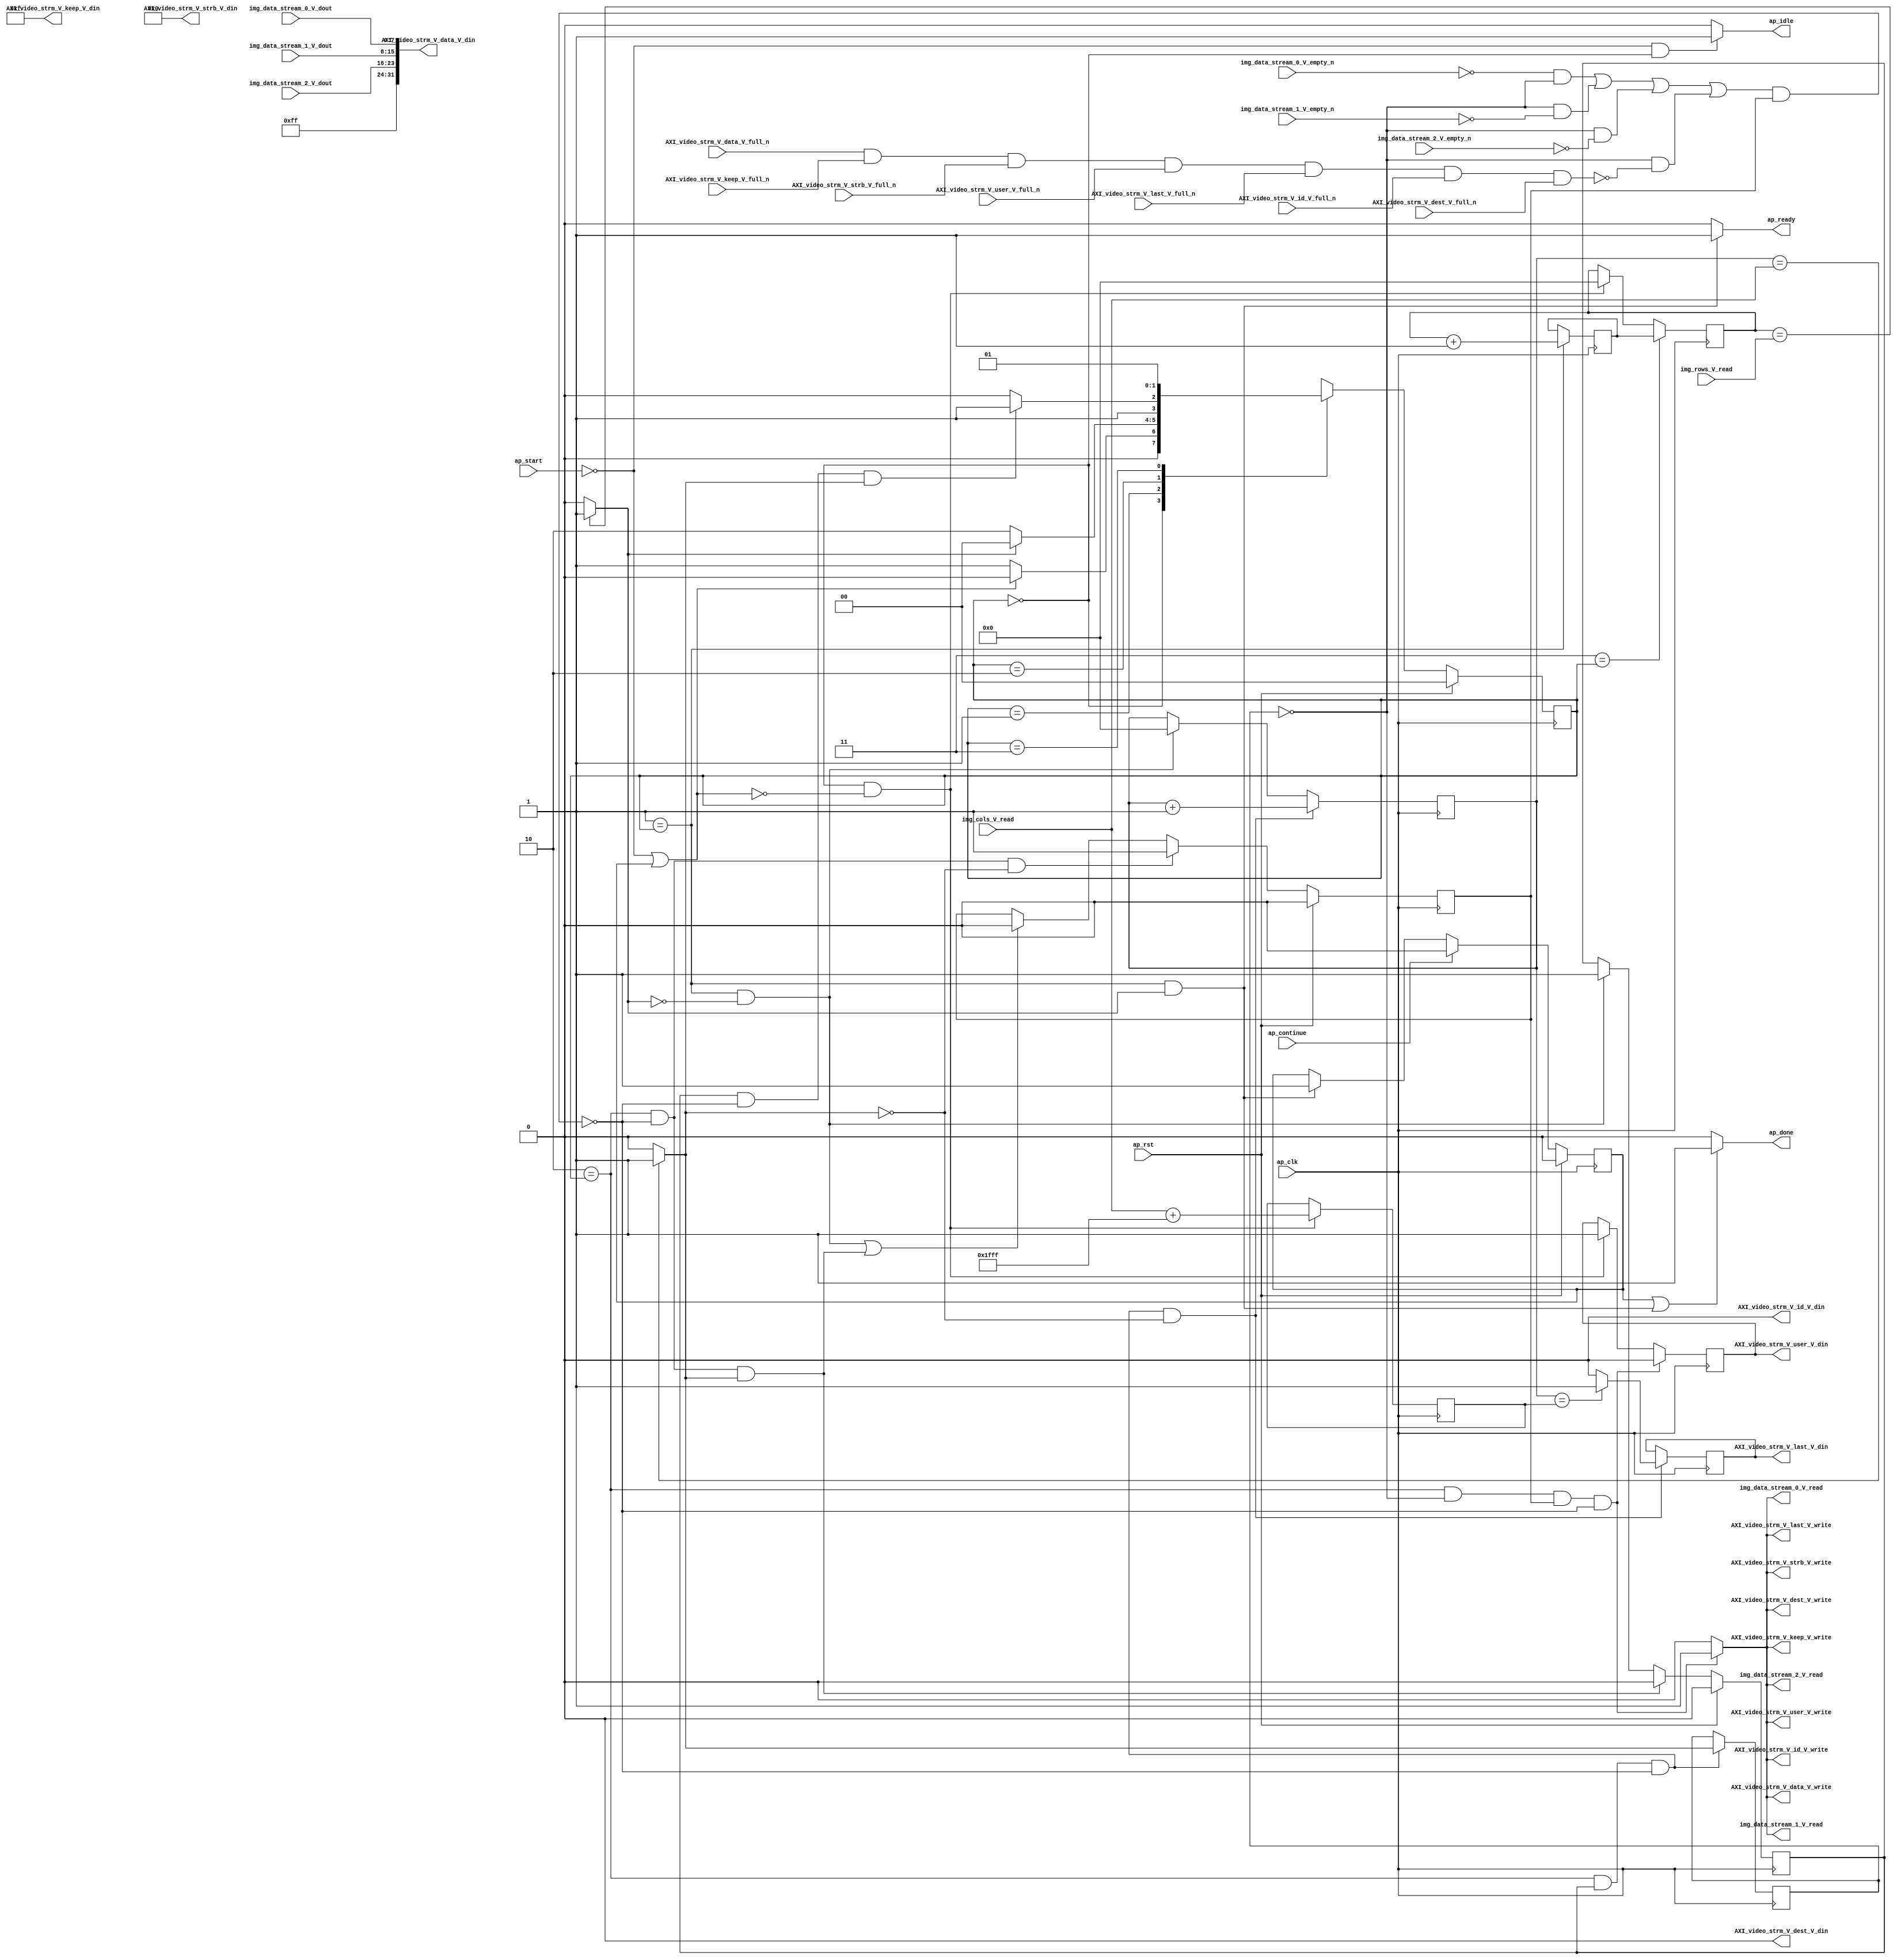
// ==============================================================
// RTL generated by Vivado(TM) HLS - High-Level Synthesis from C, C++ and SystemC
// Version: 2013.2
// Copyright (C) 2013 Xilinx Inc. All rights reserved.
// 
// ===========================================================

`timescale 1 ns / 1 ps 

module Mat2AXIvideo_32_1080_1920_16_s (
        ap_clk,
        ap_rst,
        ap_start,
        ap_done,
        ap_continue,
        ap_idle,
        ap_ready,
        img_rows_V_read,
        img_cols_V_read,
        img_data_stream_0_V_dout,
        img_data_stream_0_V_empty_n,
        img_data_stream_0_V_read,
        img_data_stream_1_V_dout,
        img_data_stream_1_V_empty_n,
        img_data_stream_1_V_read,
        img_data_stream_2_V_dout,
        img_data_stream_2_V_empty_n,
        img_data_stream_2_V_read,
        AXI_video_strm_V_data_V_din,
        AXI_video_strm_V_data_V_full_n,
        AXI_video_strm_V_data_V_write,
        AXI_video_strm_V_keep_V_din,
        AXI_video_strm_V_keep_V_full_n,
        AXI_video_strm_V_keep_V_write,
        AXI_video_strm_V_strb_V_din,
        AXI_video_strm_V_strb_V_full_n,
        AXI_video_strm_V_strb_V_write,
        AXI_video_strm_V_user_V_din,
        AXI_video_strm_V_user_V_full_n,
        AXI_video_strm_V_user_V_write,
        AXI_video_strm_V_last_V_din,
        AXI_video_strm_V_last_V_full_n,
        AXI_video_strm_V_last_V_write,
        AXI_video_strm_V_id_V_din,
        AXI_video_strm_V_id_V_full_n,
        AXI_video_strm_V_id_V_write,
        AXI_video_strm_V_dest_V_din,
        AXI_video_strm_V_dest_V_full_n,
        AXI_video_strm_V_dest_V_write
);

input   ap_clk;
input   ap_rst;
input   ap_start;
output   ap_done;
input   ap_continue;
output   ap_idle;
output   ap_ready;
input  [11:0] img_rows_V_read;
input  [11:0] img_cols_V_read;
input  [7:0] img_data_stream_0_V_dout;
input   img_data_stream_0_V_empty_n;
output   img_data_stream_0_V_read;
input  [7:0] img_data_stream_1_V_dout;
input   img_data_stream_1_V_empty_n;
output   img_data_stream_1_V_read;
input  [7:0] img_data_stream_2_V_dout;
input   img_data_stream_2_V_empty_n;
output   img_data_stream_2_V_read;
output  [31:0] AXI_video_strm_V_data_V_din;
input   AXI_video_strm_V_data_V_full_n;
output   AXI_video_strm_V_data_V_write;
output  [3:0] AXI_video_strm_V_keep_V_din;
input   AXI_video_strm_V_keep_V_full_n;
output   AXI_video_strm_V_keep_V_write;
output  [3:0] AXI_video_strm_V_strb_V_din;
input   AXI_video_strm_V_strb_V_full_n;
output   AXI_video_strm_V_strb_V_write;
output  [0:0] AXI_video_strm_V_user_V_din;
input   AXI_video_strm_V_user_V_full_n;
output   AXI_video_strm_V_user_V_write;
output  [0:0] AXI_video_strm_V_last_V_din;
input   AXI_video_strm_V_last_V_full_n;
output   AXI_video_strm_V_last_V_write;
output  [0:0] AXI_video_strm_V_id_V_din;
input   AXI_video_strm_V_id_V_full_n;
output   AXI_video_strm_V_id_V_write;
output  [0:0] AXI_video_strm_V_dest_V_din;
input   AXI_video_strm_V_dest_V_full_n;
output   AXI_video_strm_V_dest_V_write;

reg ap_done;
reg ap_idle;
reg ap_ready;
reg img_data_stream_0_V_read;
reg img_data_stream_1_V_read;
reg img_data_stream_2_V_read;
reg    ap_done_reg = 1'b0;
reg   [1:0] ap_CS_fsm = 2'b00;
reg   [11:0] t_V_6_reg_174;
reg    ap_sig_bdd_72;
wire   [12:0] op2_assign_fu_190_p2;
reg   [12:0] op2_assign_reg_271;
wire   [11:0] i_V_fu_206_p2;
reg   [11:0] i_V_reg_279;
wire   [0:0] exitcond2_fu_212_p2;
reg   [0:0] exitcond2_reg_284;
reg    ap_reg_ppiten_pp0_it0 = 1'b0;
wire    AXI_video_strm_V_1_status;
reg    ap_sig_bdd_102;
reg    ap_reg_ppiten_pp0_it1 = 1'b0;
wire   [11:0] j_V_fu_217_p2;
wire   [0:0] axi_last_V_fu_227_p2;
reg   [0:0] axi_last_V_reg_293;
wire   [0:0] exitcond_fu_201_p2;
reg   [11:0] t_V_reg_163;
reg    AXI_video_strm_V_1_update;
reg   [0:0] sof_2_fu_100;
wire   [12:0] retval_i_cast_fu_186_p1;
wire   [12:0] tmp_cast_fu_223_p1;
reg   [1:0] ap_NS_fsm;
parameter    ap_const_logic_1 = 1'b1;
parameter    ap_const_logic_0 = 1'b0;
parameter    ap_ST_st1_fsm_0 = 2'b00;
parameter    ap_ST_st2_fsm_1 = 2'b1;
parameter    ap_ST_pp0_stg0_fsm_2 = 2'b10;
parameter    ap_ST_st5_fsm_3 = 2'b11;
parameter    ap_const_lv1_0 = 1'b0;
parameter    ap_const_lv12_0 = 12'b000000000000;
parameter    ap_const_lv4_F = 4'b1111;
parameter    ap_const_lv4_0 = 4'b0000;
parameter    ap_const_lv1_1 = 1'b1;
parameter    ap_const_lv13_1FFF = 13'b1111111111111;
parameter    ap_const_lv12_1 = 12'b1;
parameter    ap_const_lv8_FF = 8'b11111111;
parameter    ap_true = 1'b1;




/// the current state (ap_CS_fsm) of the state machine. ///
always @ (posedge ap_clk)
begin : ap_ret_ap_CS_fsm
    if (ap_rst == 1'b1) begin
        ap_CS_fsm <= ap_ST_st1_fsm_0;
    end else begin
        ap_CS_fsm <= ap_NS_fsm;
    end
end

/// ap_done_reg assign process. ///
always @ (posedge ap_clk)
begin : ap_ret_ap_done_reg
    if (ap_rst == 1'b1) begin
        ap_done_reg <= ap_const_logic_0;
    end else begin
        if ((ap_const_logic_1 == ap_continue)) begin
            ap_done_reg <= ap_const_logic_0;
        end else if (((ap_ST_st2_fsm_1 == ap_CS_fsm) & ~(ap_const_lv1_0 == exitcond_fu_201_p2))) begin
            ap_done_reg <= ap_const_logic_1;
        end
    end
end

/// ap_reg_ppiten_pp0_it0 assign process. ///
always @ (posedge ap_clk)
begin : ap_ret_ap_reg_ppiten_pp0_it0
    if (ap_rst == 1'b1) begin
        ap_reg_ppiten_pp0_it0 <= ap_const_logic_0;
    end else begin
        if (((ap_ST_pp0_stg0_fsm_2 == ap_CS_fsm) & ~(ap_sig_bdd_102 & (ap_const_logic_1 == ap_reg_ppiten_pp0_it1)) & ~(exitcond2_fu_212_p2 == ap_const_lv1_0))) begin
            ap_reg_ppiten_pp0_it0 <= ap_const_logic_0;
        end else if (((ap_ST_st2_fsm_1 == ap_CS_fsm) & (ap_const_lv1_0 == exitcond_fu_201_p2))) begin
            ap_reg_ppiten_pp0_it0 <= ap_const_logic_1;
        end
    end
end

/// ap_reg_ppiten_pp0_it1 assign process. ///
always @ (posedge ap_clk)
begin : ap_ret_ap_reg_ppiten_pp0_it1
    if (ap_rst == 1'b1) begin
        ap_reg_ppiten_pp0_it1 <= ap_const_logic_0;
    end else begin
        if (((ap_ST_pp0_stg0_fsm_2 == ap_CS_fsm) & ~(ap_sig_bdd_102 & (ap_const_logic_1 == ap_reg_ppiten_pp0_it1)) & (exitcond2_fu_212_p2 == ap_const_lv1_0))) begin
            ap_reg_ppiten_pp0_it1 <= ap_const_logic_1;
        end else if ((((ap_ST_st2_fsm_1 == ap_CS_fsm) & (ap_const_lv1_0 == exitcond_fu_201_p2)) | ((ap_ST_pp0_stg0_fsm_2 == ap_CS_fsm) & ~(ap_sig_bdd_102 & (ap_const_logic_1 == ap_reg_ppiten_pp0_it1)) & ~(exitcond2_fu_212_p2 == ap_const_lv1_0)))) begin
            ap_reg_ppiten_pp0_it1 <= ap_const_logic_0;
        end
    end
end

/// assign process. ///
always @(posedge ap_clk)
begin
    if (((ap_ST_pp0_stg0_fsm_2 == ap_CS_fsm) & (exitcond2_reg_284 == ap_const_lv1_0) & (ap_const_logic_1 == ap_reg_ppiten_pp0_it1) & ~(ap_sig_bdd_102 & (ap_const_logic_1 == ap_reg_ppiten_pp0_it1)))) begin
        sof_2_fu_100 <= ap_const_lv1_0;
    end else if (((ap_ST_st1_fsm_0 == ap_CS_fsm) & ~ap_sig_bdd_72)) begin
        sof_2_fu_100 <= ap_const_lv1_1;
    end
end

/// assign process. ///
always @(posedge ap_clk)
begin
    if (((ap_ST_pp0_stg0_fsm_2 == ap_CS_fsm) & (ap_const_logic_1 == ap_reg_ppiten_pp0_it0) & ~(ap_sig_bdd_102 & (ap_const_logic_1 == ap_reg_ppiten_pp0_it1)) & (exitcond2_fu_212_p2 == ap_const_lv1_0))) begin
        t_V_6_reg_174 <= j_V_fu_217_p2;
    end else if (((ap_ST_st2_fsm_1 == ap_CS_fsm) & (ap_const_lv1_0 == exitcond_fu_201_p2))) begin
        t_V_6_reg_174 <= ap_const_lv12_0;
    end
end

/// assign process. ///
always @(posedge ap_clk)
begin
    if ((ap_ST_st5_fsm_3 == ap_CS_fsm)) begin
        t_V_reg_163 <= i_V_reg_279;
    end else if (((ap_ST_st1_fsm_0 == ap_CS_fsm) & ~ap_sig_bdd_72)) begin
        t_V_reg_163 <= ap_const_lv12_0;
    end
end

/// assign process. ///
always @(posedge ap_clk)
begin
    if (((ap_ST_pp0_stg0_fsm_2 == ap_CS_fsm) & (ap_const_logic_1 == ap_reg_ppiten_pp0_it0) & ~(ap_sig_bdd_102 & (ap_const_logic_1 == ap_reg_ppiten_pp0_it1)) & (exitcond2_fu_212_p2 == ap_const_lv1_0))) begin
        axi_last_V_reg_293 <= axi_last_V_fu_227_p2;
    end
end

/// assign process. ///
always @(posedge ap_clk)
begin
    if (((ap_ST_pp0_stg0_fsm_2 == ap_CS_fsm) & (ap_const_logic_1 == ap_reg_ppiten_pp0_it0) & ~(ap_sig_bdd_102 & (ap_const_logic_1 == ap_reg_ppiten_pp0_it1)))) begin
        exitcond2_reg_284 <= exitcond2_fu_212_p2;
    end
end

/// assign process. ///
always @(posedge ap_clk)
begin
    if ((ap_ST_st2_fsm_1 == ap_CS_fsm)) begin
        i_V_reg_279 <= i_V_fu_206_p2;
    end
end

/// assign process. ///
always @(posedge ap_clk)
begin
    if (((ap_ST_st1_fsm_0 == ap_CS_fsm) & ~ap_sig_bdd_72)) begin
        op2_assign_reg_271 <= op2_assign_fu_190_p2;
    end
end

/// AXI_video_strm_V_1_update assign process. ///
always @ (ap_CS_fsm or exitcond2_reg_284 or ap_sig_bdd_102 or ap_reg_ppiten_pp0_it1)
begin
    if (((ap_ST_pp0_stg0_fsm_2 == ap_CS_fsm) & (exitcond2_reg_284 == ap_const_lv1_0) & (ap_const_logic_1 == ap_reg_ppiten_pp0_it1) & ~(ap_sig_bdd_102 & (ap_const_logic_1 == ap_reg_ppiten_pp0_it1)))) begin
        AXI_video_strm_V_1_update = ap_const_logic_1;
    end else begin
        AXI_video_strm_V_1_update = ap_const_logic_0;
    end
end

/// ap_done assign process. ///
always @ (ap_done_reg or ap_CS_fsm or exitcond_fu_201_p2)
begin
    if (((ap_const_logic_1 == ap_done_reg) | ((ap_ST_st2_fsm_1 == ap_CS_fsm) & ~(ap_const_lv1_0 == exitcond_fu_201_p2)))) begin
        ap_done = ap_const_logic_1;
    end else begin
        ap_done = ap_const_logic_0;
    end
end

/// ap_idle assign process. ///
always @ (ap_start or ap_CS_fsm)
begin
    if ((~(ap_const_logic_1 == ap_start) & (ap_ST_st1_fsm_0 == ap_CS_fsm))) begin
        ap_idle = ap_const_logic_1;
    end else begin
        ap_idle = ap_const_logic_0;
    end
end

/// ap_ready assign process. ///
always @ (ap_CS_fsm or exitcond_fu_201_p2)
begin
    if (((ap_ST_st2_fsm_1 == ap_CS_fsm) & ~(ap_const_lv1_0 == exitcond_fu_201_p2))) begin
        ap_ready = ap_const_logic_1;
    end else begin
        ap_ready = ap_const_logic_0;
    end
end

/// img_data_stream_0_V_read assign process. ///
always @ (ap_CS_fsm or exitcond2_reg_284 or ap_sig_bdd_102 or ap_reg_ppiten_pp0_it1)
begin
    if (((ap_ST_pp0_stg0_fsm_2 == ap_CS_fsm) & (exitcond2_reg_284 == ap_const_lv1_0) & (ap_const_logic_1 == ap_reg_ppiten_pp0_it1) & ~(ap_sig_bdd_102 & (ap_const_logic_1 == ap_reg_ppiten_pp0_it1)))) begin
        img_data_stream_0_V_read = ap_const_logic_1;
    end else begin
        img_data_stream_0_V_read = ap_const_logic_0;
    end
end

/// img_data_stream_1_V_read assign process. ///
always @ (ap_CS_fsm or exitcond2_reg_284 or ap_sig_bdd_102 or ap_reg_ppiten_pp0_it1)
begin
    if (((ap_ST_pp0_stg0_fsm_2 == ap_CS_fsm) & (exitcond2_reg_284 == ap_const_lv1_0) & (ap_const_logic_1 == ap_reg_ppiten_pp0_it1) & ~(ap_sig_bdd_102 & (ap_const_logic_1 == ap_reg_ppiten_pp0_it1)))) begin
        img_data_stream_1_V_read = ap_const_logic_1;
    end else begin
        img_data_stream_1_V_read = ap_const_logic_0;
    end
end

/// img_data_stream_2_V_read assign process. ///
always @ (ap_CS_fsm or exitcond2_reg_284 or ap_sig_bdd_102 or ap_reg_ppiten_pp0_it1)
begin
    if (((ap_ST_pp0_stg0_fsm_2 == ap_CS_fsm) & (exitcond2_reg_284 == ap_const_lv1_0) & (ap_const_logic_1 == ap_reg_ppiten_pp0_it1) & ~(ap_sig_bdd_102 & (ap_const_logic_1 == ap_reg_ppiten_pp0_it1)))) begin
        img_data_stream_2_V_read = ap_const_logic_1;
    end else begin
        img_data_stream_2_V_read = ap_const_logic_0;
    end
end
always @ (ap_CS_fsm or ap_sig_bdd_72 or exitcond2_fu_212_p2 or ap_reg_ppiten_pp0_it0 or ap_sig_bdd_102 or ap_reg_ppiten_pp0_it1 or exitcond_fu_201_p2)
begin
    case (ap_CS_fsm)
        ap_ST_st1_fsm_0 : 
            if (~ap_sig_bdd_72) begin
                ap_NS_fsm = ap_ST_st2_fsm_1;
            end else begin
                ap_NS_fsm = ap_ST_st1_fsm_0;
            end
        ap_ST_st2_fsm_1 : 
            if (~(ap_const_lv1_0 == exitcond_fu_201_p2)) begin
                ap_NS_fsm = ap_ST_st1_fsm_0;
            end else begin
                ap_NS_fsm = ap_ST_pp0_stg0_fsm_2;
            end
        ap_ST_pp0_stg0_fsm_2 : 
            if (~((ap_const_logic_1 == ap_reg_ppiten_pp0_it0) & ~(ap_sig_bdd_102 & (ap_const_logic_1 == ap_reg_ppiten_pp0_it1)) & ~(exitcond2_fu_212_p2 == ap_const_lv1_0))) begin
                ap_NS_fsm = ap_ST_pp0_stg0_fsm_2;
            end else if (((ap_const_logic_1 == ap_reg_ppiten_pp0_it0) & ~(ap_sig_bdd_102 & (ap_const_logic_1 == ap_reg_ppiten_pp0_it1)) & ~(exitcond2_fu_212_p2 == ap_const_lv1_0))) begin
                ap_NS_fsm = ap_ST_st5_fsm_3;
            end else begin
                ap_NS_fsm = ap_ST_pp0_stg0_fsm_2;
            end
        ap_ST_st5_fsm_3 : 
            ap_NS_fsm = ap_ST_st2_fsm_1;
        default : 
            ap_NS_fsm = 'bx;
    endcase
end
assign AXI_video_strm_V_1_status = (AXI_video_strm_V_data_V_full_n & AXI_video_strm_V_keep_V_full_n & AXI_video_strm_V_strb_V_full_n & AXI_video_strm_V_user_V_full_n & AXI_video_strm_V_last_V_full_n & AXI_video_strm_V_id_V_full_n & AXI_video_strm_V_dest_V_full_n);
assign AXI_video_strm_V_data_V_din = {{{{{{ap_const_lv8_FF}, {img_data_stream_2_V_dout}}}, {img_data_stream_1_V_dout}}}, {img_data_stream_0_V_dout}};
assign AXI_video_strm_V_data_V_write = AXI_video_strm_V_1_update;
assign AXI_video_strm_V_dest_V_din = ap_const_lv1_0;
assign AXI_video_strm_V_dest_V_write = AXI_video_strm_V_1_update;
assign AXI_video_strm_V_id_V_din = ap_const_lv1_0;
assign AXI_video_strm_V_id_V_write = AXI_video_strm_V_1_update;
assign AXI_video_strm_V_keep_V_din = ap_const_lv4_F;
assign AXI_video_strm_V_keep_V_write = AXI_video_strm_V_1_update;
assign AXI_video_strm_V_last_V_din = axi_last_V_reg_293;
assign AXI_video_strm_V_last_V_write = AXI_video_strm_V_1_update;
assign AXI_video_strm_V_strb_V_din = ap_const_lv4_0;
assign AXI_video_strm_V_strb_V_write = AXI_video_strm_V_1_update;
assign AXI_video_strm_V_user_V_din = sof_2_fu_100;
assign AXI_video_strm_V_user_V_write = AXI_video_strm_V_1_update;

/// ap_sig_bdd_102 assign process. ///
always @ (img_data_stream_0_V_empty_n or img_data_stream_1_V_empty_n or img_data_stream_2_V_empty_n or exitcond2_reg_284 or AXI_video_strm_V_1_status)
begin
    ap_sig_bdd_102 = (((img_data_stream_0_V_empty_n == ap_const_logic_0) & (exitcond2_reg_284 == ap_const_lv1_0)) | ((exitcond2_reg_284 == ap_const_lv1_0) & (img_data_stream_1_V_empty_n == ap_const_logic_0)) | ((exitcond2_reg_284 == ap_const_lv1_0) & (img_data_stream_2_V_empty_n == ap_const_logic_0)) | ((exitcond2_reg_284 == ap_const_lv1_0) & (AXI_video_strm_V_1_status == ap_const_logic_0)));
end

/// ap_sig_bdd_72 assign process. ///
always @ (ap_start or ap_done_reg)
begin
    ap_sig_bdd_72 = ((ap_start == ap_const_logic_0) | (ap_done_reg == ap_const_logic_1));
end
assign axi_last_V_fu_227_p2 = (tmp_cast_fu_223_p1 == op2_assign_reg_271? 1'b1: 1'b0);
assign exitcond2_fu_212_p2 = (t_V_6_reg_174 == img_cols_V_read? 1'b1: 1'b0);
assign exitcond_fu_201_p2 = (t_V_reg_163 == img_rows_V_read? 1'b1: 1'b0);
assign i_V_fu_206_p2 = (t_V_reg_163 + ap_const_lv12_1);
assign j_V_fu_217_p2 = (t_V_6_reg_174 + ap_const_lv12_1);
assign op2_assign_fu_190_p2 = (retval_i_cast_fu_186_p1 + ap_const_lv13_1FFF);
assign retval_i_cast_fu_186_p1 = $unsigned(img_cols_V_read);
assign tmp_cast_fu_223_p1 = $unsigned(t_V_6_reg_174);


endmodule //Mat2AXIvideo_32_1080_1920_16_s